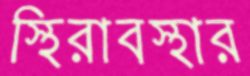
স্থিরাবস্থার